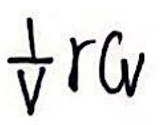
$\frac{1}{v} r_{w}$